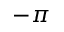
- \pi